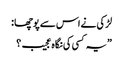
لڑکی نے اس سے پوچھا :
”یہ کسی کی نگاہ عجیب ؟